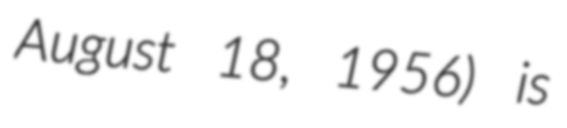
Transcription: August 18, 1956) is